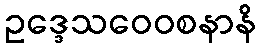
ဥဒ္ဒေသဝေဝစနာနိ